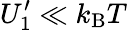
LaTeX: U_{1}^{\prime}\ll k_{\mathrm{B}}T